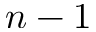
n - 1